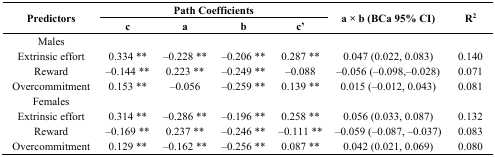
<table><thead><tr><td rowspan="2"><b>Predictors</b></td><td colspan="4"><b>Path Coefficients</b></td><td rowspan="2"><b>a × b (BCa 95% CI)</b></td><td rowspan="2"><b>R<sup>2</sup></b></td></tr><tr><td><b>c</b></td><td><b>a</b></td><td><b>b</b></td><td><b>c’</b></td></tr></thead><tbody><tr><td>Males</td><td></td><td></td><td></td><td></td><td></td><td></td></tr><tr><td>Extrinsic effort</td><td>0.334 **</td><td>‒0.228 **</td><td>‒0.206 **</td><td>0.287 **</td><td>0.047 (0.022, 0.083)</td><td>0.140</td></tr><tr><td>Reward</td><td>‒0.144 **</td><td>0.223 **</td><td>‒0.249 **</td><td>‒0.088</td><td>‒0.056 (‒0.098,‒0.028)</td><td>0.071</td></tr><tr><td>Overcommitment</td><td>0.153 **</td><td>‒0.056</td><td>‒0.259 **</td><td>0.139 **</td><td>0.015 (‒0.012, 0.043)</td><td>0.081</td></tr><tr><td>Females</td><td></td><td></td><td></td><td></td><td></td><td></td></tr><tr><td>Extrinsic effort</td><td>0.314 **</td><td>‒0.286 **</td><td>‒0.196 **</td><td>0.258 **</td><td>0.056 (0.033, 0.087)</td><td>0.132</td></tr><tr><td>Reward</td><td>‒0.169 **</td><td>0.237 **</td><td>‒0.246 **</td><td>‒0.111 **</td><td>‒0.059 (‒0.087, ‒0.037)</td><td>0.083</td></tr><tr><td>Overcommitment</td><td>0.129 **</td><td>‒0.162 **</td><td>‒0.256 **</td><td>0.087 **</td><td>0.042 (0.021, 0.069)</td><td>0.080</td></tr></tbody></table>